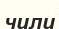
чили